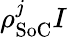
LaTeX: \rho_{\textrm{SoC}}^{j}I